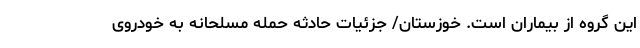
این گروه از بیماران است. خوزستان/ جزئیات حادثه حمله مسلحانه به خودروی